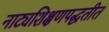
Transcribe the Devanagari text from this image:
नाट्यशिक्षणपद्धतीत